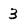
Character: 3